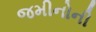
જમીનોની